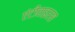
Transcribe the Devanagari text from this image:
एंटीवाइरस